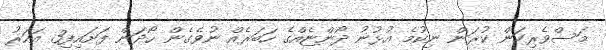
މަސްވެރިކަން ކުރަން ނިކުމެ އުޅުނު ދޯންޏެއްގެ ހަބަރެއް ނުވެގެން ހޯދަން ފަށައިފި3 އަހަރު